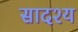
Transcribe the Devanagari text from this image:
सादश्य